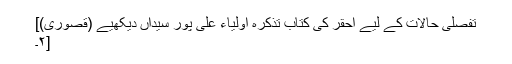
تفصلی حالات کے لیے احقر کی کتاب تذکرہ اولیاء علی پور سیداں دیکھیے (قصوری)]
[۲۔